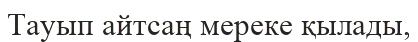
Тауып айтсаң мереке қылады,